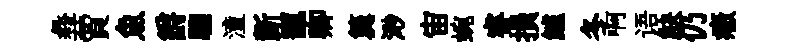
彜賈魚爵騮潼斵寵卿簨𣺌宙蜿睿損鱸冬啊语觖仍癥